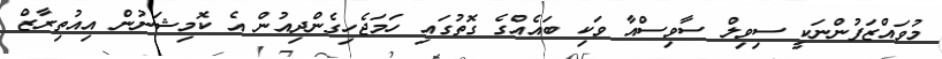
މުވައްޒަފުންނަކީ ސިވިލް ސާވިސްއާ ވަކި ބައެއްގެ ގޮތުގައި ހަމަޖެހިގެންދިއުން އެ ކޮމިޝަނުން އިއުތިރާޒް